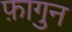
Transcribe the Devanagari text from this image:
फ़ागुन